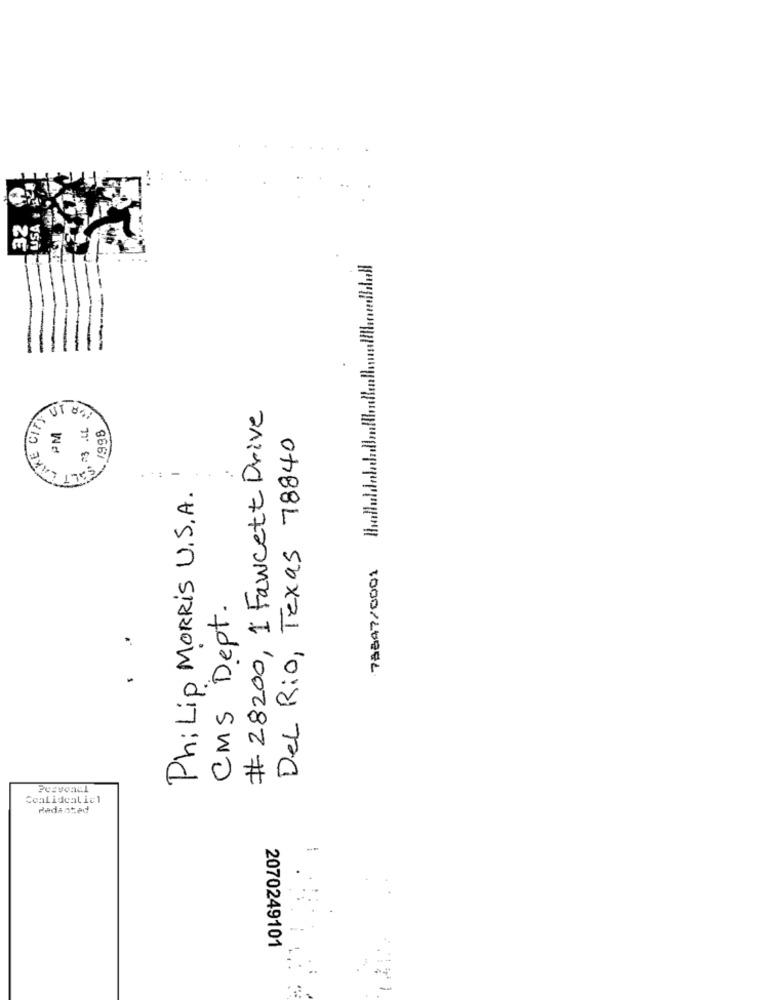
USA
32
LAKE CITY
# 28200, 1 Fawcett Drive
, 03 .LL
PM
SALT LAKE
Del Rio, Texas 78840
Philip MORRIS U.S.A.
73847/0001
CMS Dept.
Pcsvonul
Coalidealiel
Redacted
--
2070249101